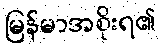
မြန်မာအစိုးရ၏